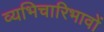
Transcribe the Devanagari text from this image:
व्यभिचारिभावों